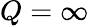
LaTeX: Q=\infty